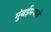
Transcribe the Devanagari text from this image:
मुंबईमधले